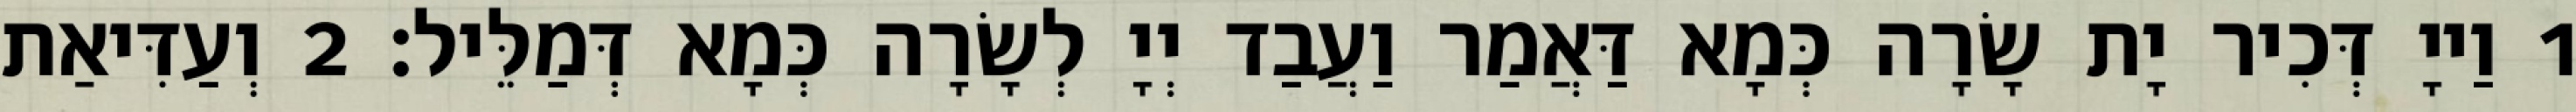
1 וַייָ דְּכִיר יָת שָׂרָה כְּמָא דַּאֲמַר וַעֲבַד יְיָ לְשָׂרָה כְּמָא דְּמַלֵּיל׃ 2 וְעַדִּיאַת